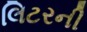
લિટરની